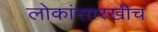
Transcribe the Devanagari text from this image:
लोकांसारखीच